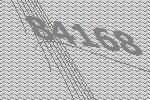
84168